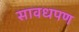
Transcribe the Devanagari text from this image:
सावधपण